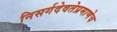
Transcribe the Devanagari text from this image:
निसर्गदेवतेप्रमाणेच